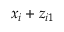
x _ { i } + z _ { i 1 }